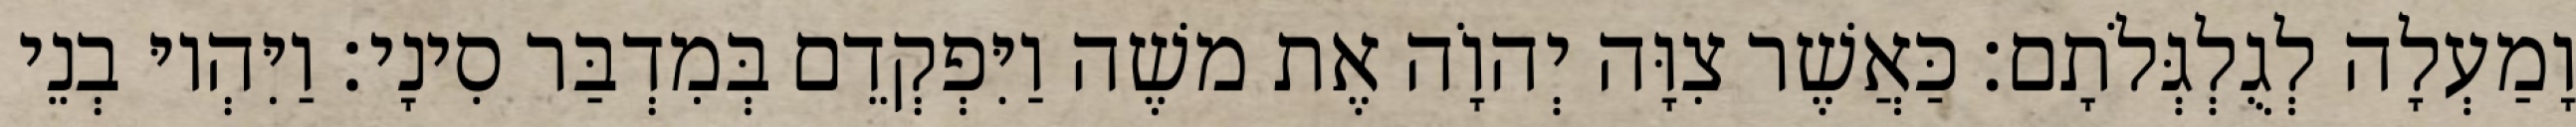
וָמַעְלָה לְגֻלְגְּלֹתָם׃ כַּאֲשֶׁר צִוָּה יְהוָֹה אֶת משֶׁה וַיִּפְקְדֵם בְּמִדְבַּר סִינָי׃ וַיִּהְיוּ בְנֵי